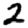
Digit: 2